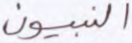
النبيون